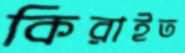
কিরাইত